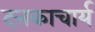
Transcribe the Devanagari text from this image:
दत्तकाचार्य